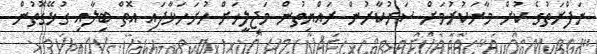
ނަފްރަތުގެ ކުށް މާނަކުރުމަށް ސަރުކާރުން ރައްޔިތުން މަޖިލީހަށް ހުށަހަޅާފައި އޮތް ބިލާއި ގުޅޭގޮތުން